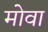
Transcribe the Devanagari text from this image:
मोवा